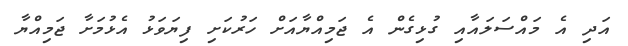
އަދި އެ މައްސަލައާއި ގުޅިގެން އެ ޖަމިއްޔާއަށް ހަރުކަށި ފިޔަވަޅު އެޅުމަށާ ޖަމިއްޔާ